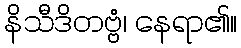
နိသီဒိတဗ္ဗံ၊ နေရာ၏။